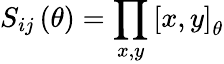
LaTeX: S_{ij}\left(\theta\right)=\prod_{x,y}\left[x,y\right]_{\theta}